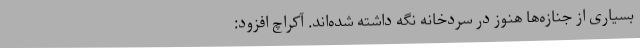
بسیاری از جنازه‌ها هنوز در سردخانه نگه‌ داشته شده‌اند. آکراچ افزود: